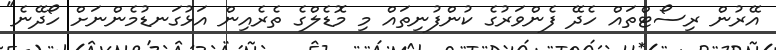
އޭރުން ރިސޯޓްތައް ހެދޭ ފެންވަރުގެ ކުންފުނިތައް މި މޮޑެލްގެ ތެރެއިން އަޅުގަނޑުމެންނަށް ހޯދޭނެ"